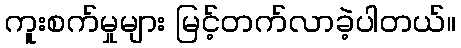
ကူးစက်မှုများ မြင့်တက်လာခဲ့ပါတယ်။